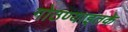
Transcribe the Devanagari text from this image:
गोठण्याइतके